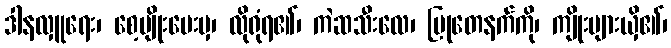
ဒါနလှူရေး၊ စေ့ပျိုးပေးမှ၊ လိုရုံရ၏၊ ကဲဆသီးလေ၊ မြုတေနက်ကို၊ ကျိုးများယှိ၏၊